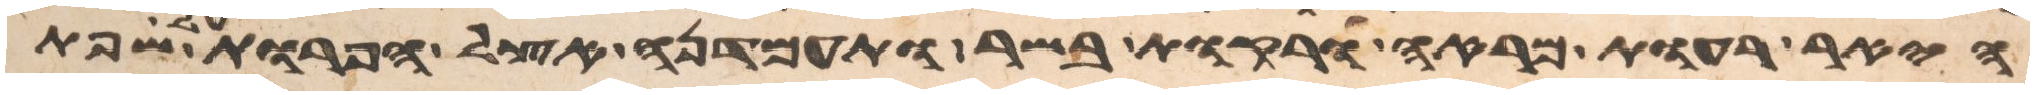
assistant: היאר רעות מראה ורקות בשר ותעמדנה אצל הפרות על שפת